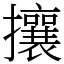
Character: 攘